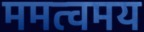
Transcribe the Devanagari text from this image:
ममत्वमय